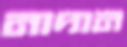
নাদান